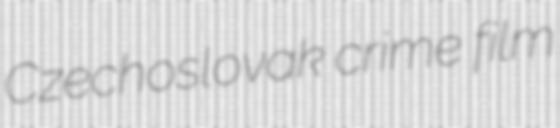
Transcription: Czechoslovak crime film